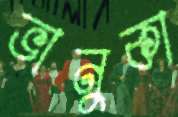
ভানুকা